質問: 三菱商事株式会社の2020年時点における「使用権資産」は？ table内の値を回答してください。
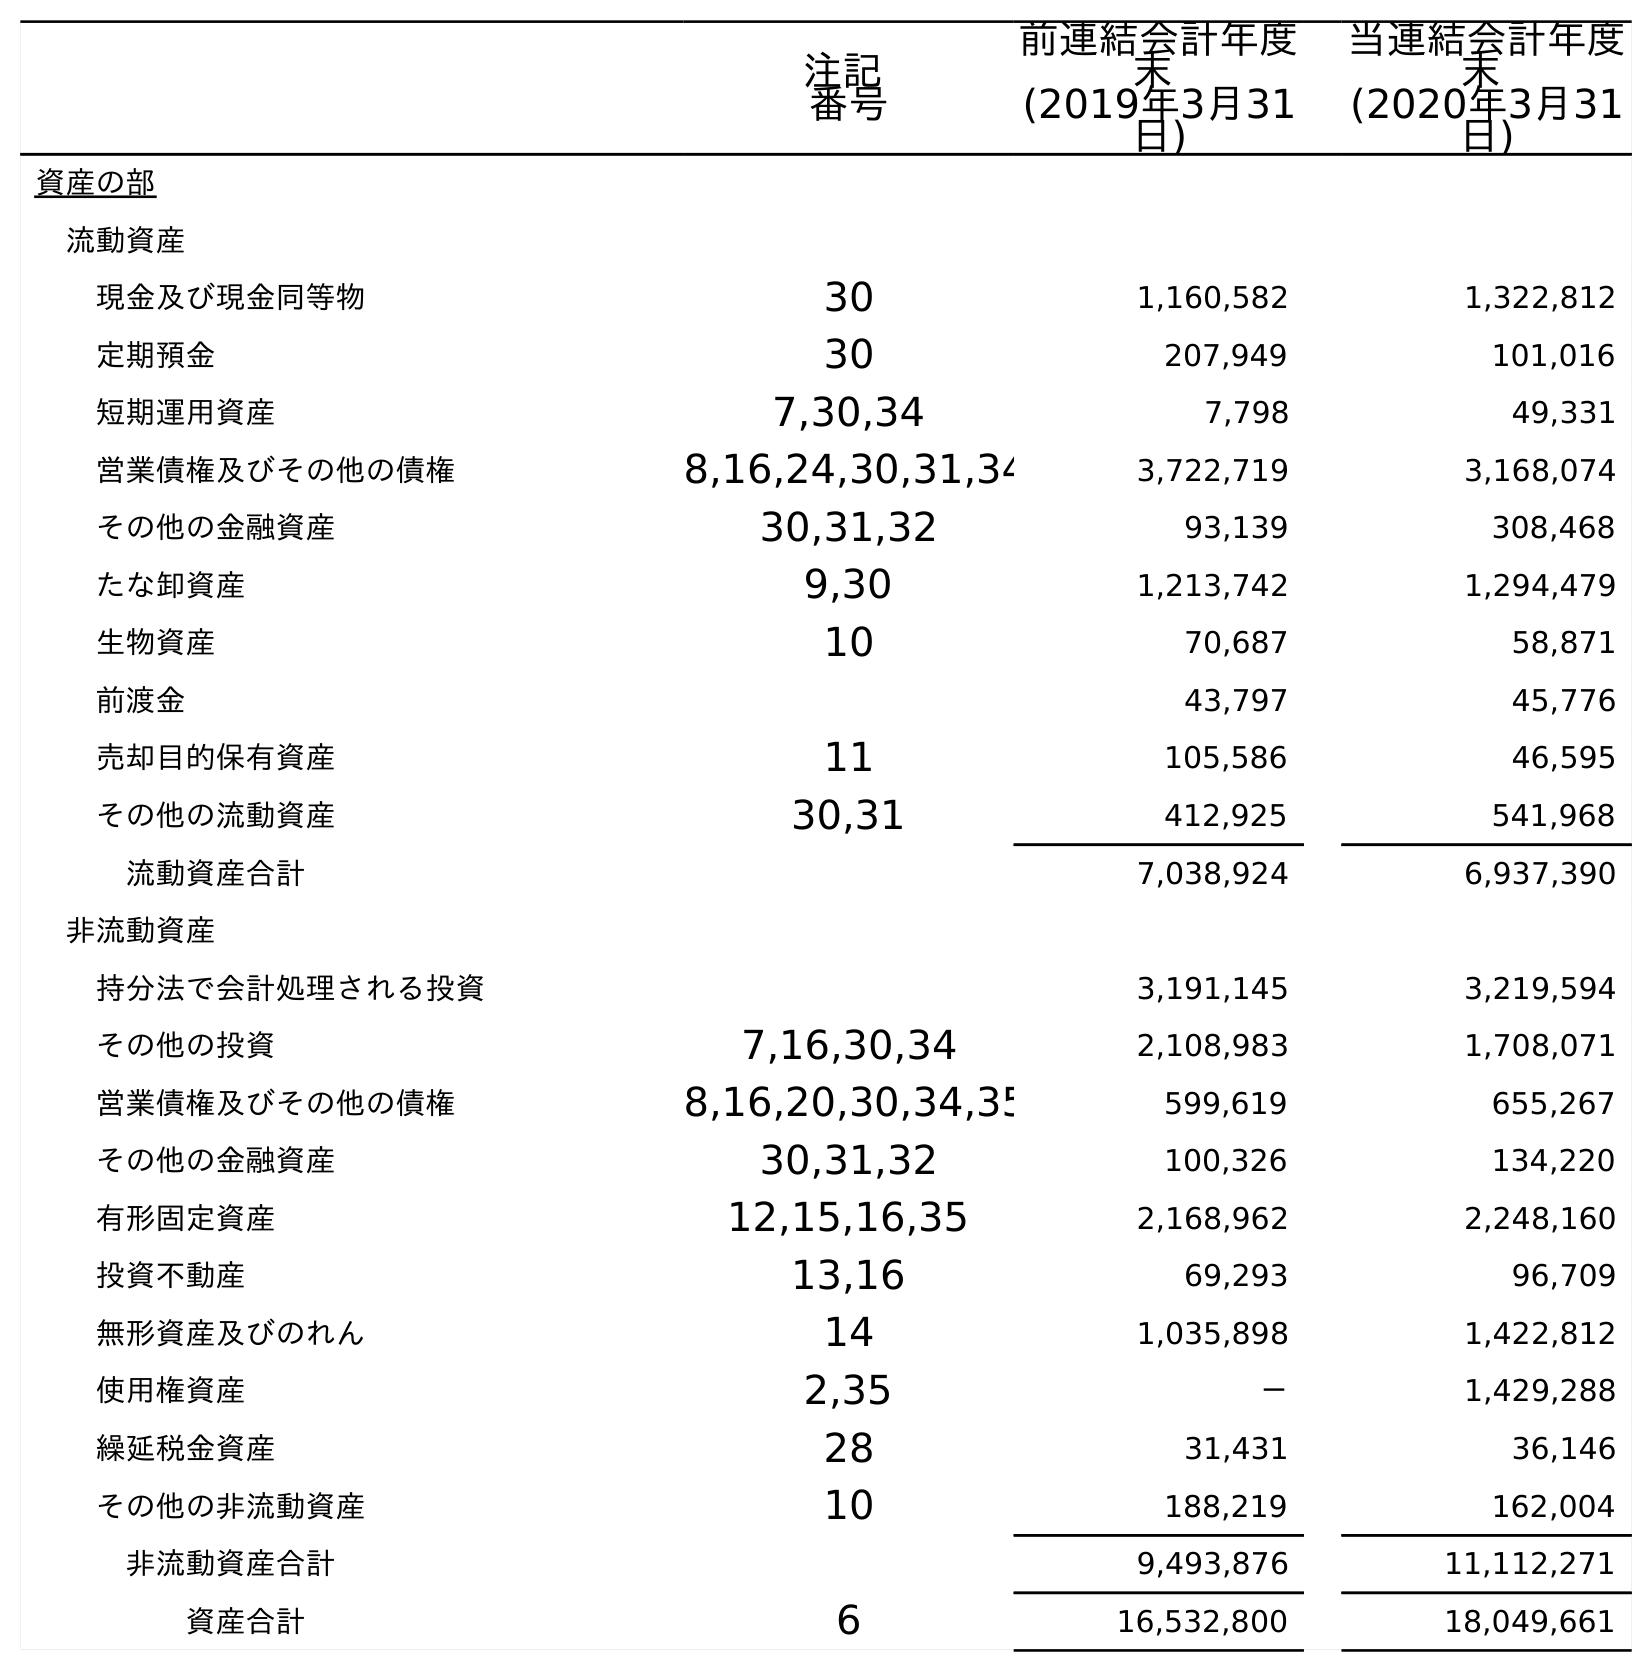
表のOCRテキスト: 注記 番号 前連結会計年度 末 (2019年3月31 日) 当連結会計年度 末 (2020年3月31 日) 資産の部 流動資産 現金及び現金同等物 30 1,160,582 1,322,812 定期預金 30 207,949 101,016 短期運用資産 7,30,34 7,798 49,331 営業債権及びその他の債権 8,16,24,30,31,34 3,722,719 3,168,074 その他の金融資産 30,31,32 93,139 308,468 たな卸資産 9,30 1,213,742 1,294,479 生物資産 10 70,687 58,871 前渡金 43,797 45,776 売却目的保有資産 11 105,586 46,595 その他の流動資産 30,31 412,925 541,968 流動資産合計 7,038,924 6,937,390 非流動資産 持分法で会計処理される投資 3,191,145 3,219,594 その他の投資 7,16,30,34 2,108,983 1,708,071 営業債権及びその他の債権 8,16,20,30,34,35 599,619 655,267 その他の金融資産 30,31,32 100,326 134,220 有形固定資産 12,15,16,35 2,168,962 2,248,160 投資不動産 13,16 69,293 96,709 無形資産及びのれん 14 1,035,898 1,422,812 使用権資産 2,35 － 1,429,288 繰延税金資産 28 31,431 36,146 その他の非流動資産 10 188,219 162,004 非流動資産合計 9,493,876 11,112,271 資産合計 6 16,532,800 18,049,661
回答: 1,429,288